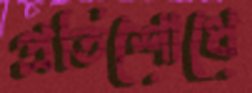
প্রতিশোধে